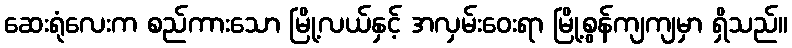
ဆေးရုံလေးက စည်ကားသော မြို့လယ်နှင့် အလှမ်းဝေးရာ မြို့စွန်ကျကျမှာ ရှိသည်။